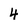
Character: 4